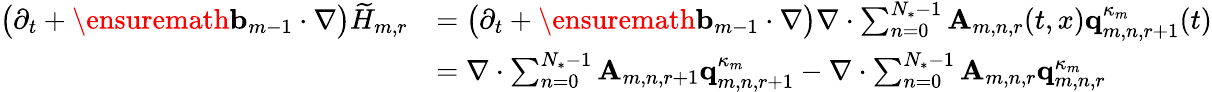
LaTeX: \begin{array}{rl}{\bigl(\partial_{t}+\ensuremath{\mathbf{b}}_{m-1}\cdot\nabla\bigr)\widetilde{H}_{m,r}}&{=\bigl(\partial_{t}+\ensuremath{\mathbf{b}}_{m-1}\cdot\nabla\bigr)\nabla\cdot\sum_{n=0}^{N_{*}-1}\mathbf{A}_{m,n,r}(t,x)\mathbf{q}_{m,n,r+1}^{\kappa_{m}}(t)}\\ &{=\nabla\cdot\sum_{n=0}^{N_{*}-1}\mathbf{A}_{m,n,r+1}\mathbf{q}_{m,n,r+1}^{\kappa_{m}}-\nabla\cdot\sum_{n=0}^{N_{*}-1}\mathbf{A}_{m,n,r}\mathbf{q}_{m,n,r}^{\kappa_{m}}}\end{array}